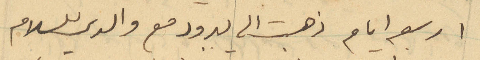
اربعه ايام ذهبت الى يبرود مع والدي للسلام